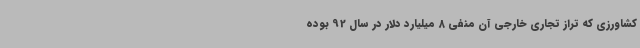
کشاورزی که تراز تجاری خارجی آن منفی 8 میلیارد دلار در سال 92 بوده